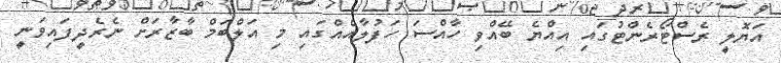
އަޔޮލީ ރެސްޓޯރެންޓުގައި އިއްޔެ ބޭއްވި ހާއްސަ ހަފުލާއެއްގައި މި އަލްބަމް ބާޒާރަށް ނެރެދީފައިވަނީ